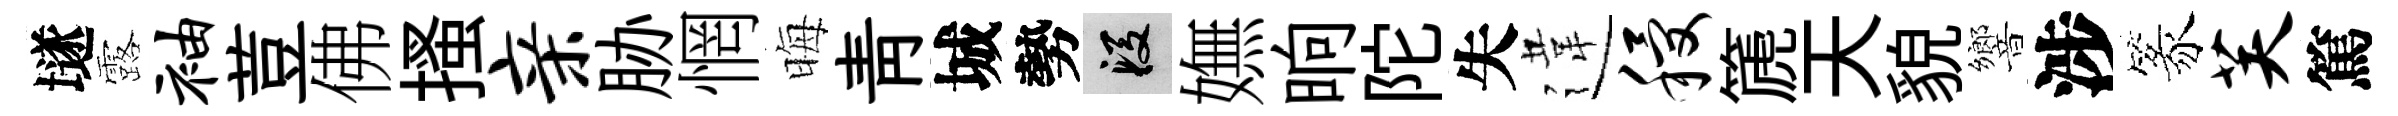
𡑞露袖荳佛搔亲胁惘晦青城勢段嫵晌陀失違稷篪天貌響涉篆芙篤